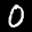
Label: 0